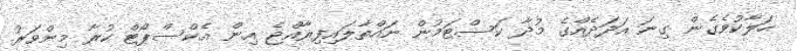
ހަލާކުވެގެން ގިނަ އަދަދެއްގެ މުދާ ކަސްޓަމުން ނައްތާލައިފިރާއްޖެ އިން އެކްސްޕޯޓް ކުރާ މިންވަރު